Indian journal of veterinary science and animal husbandry - Volumes 15-17, 1948-1951
Year: 1948
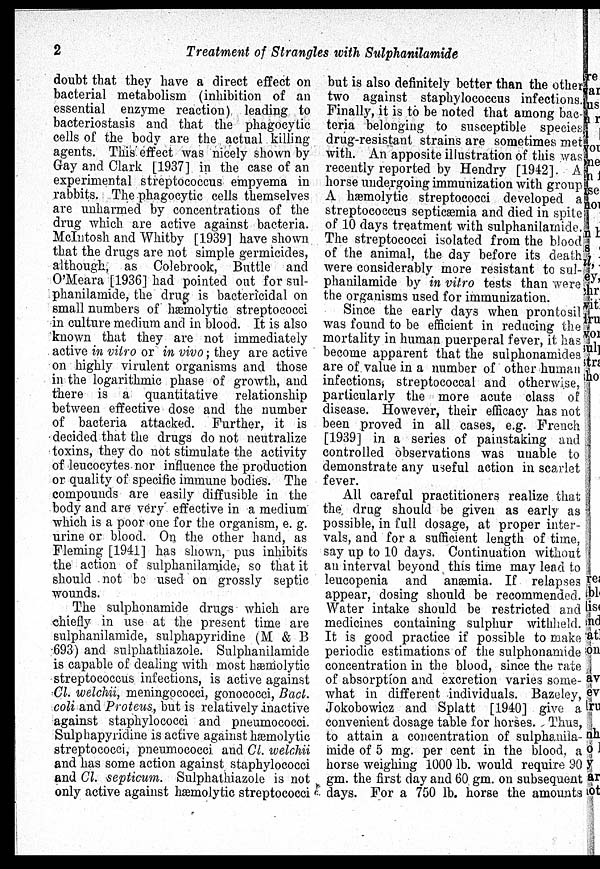
2
Treatment of Strangles with Sulphanilamide
doubt that they have a direct effect on
bacterial metabolism (inhibition of an
essential enzyme reaction) leading to
bacteriostasis and that the phagocytic
cells of the body are the actual killing
agents. This effect was nicely shown by
Gay and Clark [1937] in the case of an
experimental streptococcus empyema in
rabbits. The phagocytic cells themselves
are unharmed by concentrations of the
drug which are active against bacteria.
McIntosh and Whitby [1939] have shown
that the drugs are not simple germicides,
although, as Colebrook, Buttle and
O'Meara [1936] had pointed out for sul-
phanilamide, the drug is bactericidal on
small numbers of hæmolytic streptococci
in culture medium and in blood. It is also
known that they are not immediately
active in vitro or in vivo; they are active
on highly virulent organisms and those
in the logarithmic phase of growth, and
there is a quantitative relationship
between effective dose and the number
of bacteria attacked. Further, it is
decided that the drugs do not neutralize
toxins, they do not stimulate the activity
of leucocytes nor influence the production
or quality of specific immune bodies. The
compounds are easily diffusible in the
body and are very effective in a medium
which is a poor one for the organism, e. g.
urine or blood. On the other hand, as
Fleming [1941] has shown, pus inhibits
the action of sulphanilamide, so that it
should not be used on grossly septic
wounds.
The sulphonamide drugs which are
chiefly in use at the present time are
sulphanilamide, sulphapyridine (M & B
693) and sulphathiazole. Sulphanilamide
is capable of dealing with most hæmolytic
streptococcus infections, is active against
Cl. welchii, meningococci, gonococci, Bact.
coli and Proteus, but is relatively inactive
against staphylococci and pneumococci.
Sulphapyridine is active against hæmolytic
streptococci, pneumococci and Cl. welchii
and has some action against staphylococci
and Cl. septicum. Sulphathiazole is not
only active against hæmolytic streptococci
but is also definitely better than the other
two against staphylococcus infections.
Finally, it is to be noted that among bac-
teria belonging to susceptible species
drug-resistant strains are sometimes met
with. An apposite illustration of this was
recently reported by Hendry [1942]. A
horse undergoing immunization with group
A hæmolytic streptococci developed a
streptococcus septicæmia and died in spite
of 10 days treatment with sulphanilamide.
The streptococci isolated from the blood
of the animal, the day before its death
were considerably more resistant to sul-
phanilamide by in vitro tests than were
the organisms used for immunization.
Since the early days when prontosil
was found to be efficient in reducing the
mortality in human puerperal fever, it has
become apparent that the sulphonamides
are of value in a number of other human
infections, streptococcal and otherwise,
particularly the more acute class of
disease. However, their efficacy has not
been proved in all cases, e.g. French
[1939] in a series of painstaking and
controlled observations was unable to
demonstrate any useful action in scarlet
fever.
All careful practitioners realize that
the drug should be given as early as
possible, in full dosage, at proper inter-
vals, and for a sufficient length of time,
say up to 10 days. Continuation without
an interval beyond this time may lead to
leucopenia and anæmia. If relapses
appear, dosing should be recommended.
Water intake should be restricted and
medicines containing sulphur withheld.
It is good practice if possible to make
periodic estimations of the sulphonamide
concentration in the blood, since the rate
of absorption and excretion varies some-
what in different individuals. Bazeley,
Jokobowicz and Splatt [1940] give a
convenient dosage table for horses. Thus,
to attain a concentration of sulphanila-
mide of 5 mg. per cent in the blood, a
horse weighing 1000 lb. would require 90
gm. the first day and 60 gm. on subsequent
days. For a 750 lb. horse the amounts